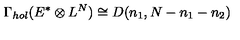
\Gamma _ { h o l } ( E ^ { * } \otimes L ^ { N } ) \cong D ( n _ { 1 } , N - n _ { 1 } - n _ { 2 } )